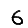
Digit: 6